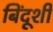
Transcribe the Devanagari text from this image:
बिंदूशी